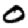
Digit: 0